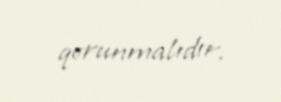
qorunmalıdır.